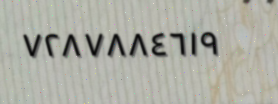
٧٢٨٧٨٨٤٦١٩